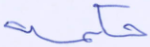
حكمه